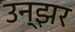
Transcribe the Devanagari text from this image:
उन्झर